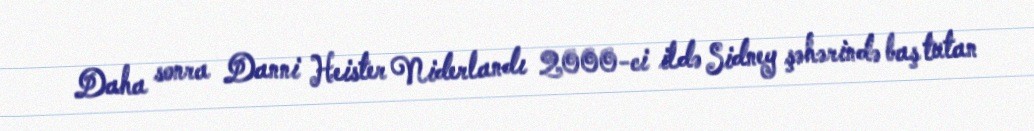
Daha sonra Danni Heister Niderlandı 2000-ci ildə Sidney şəhərində baş tutan